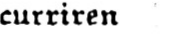
curriren